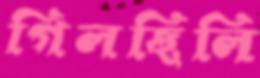
গিলছিলি